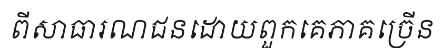
ពីសាធារណជនដោយពួកគេភាគច្រើន